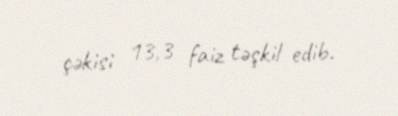
çəkisi 13,3 faiz təşkil edib.